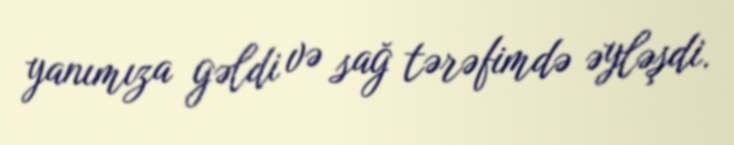
yanımıza gəldi və sağ tərəfimdə əyləşdi.